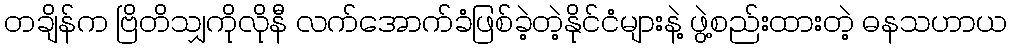
တချိန်က ဗြိတိသျှကိုလိုနီ လက်အောက်ခံဖြစ်ခဲ့တဲ့နိုင်ငံများနဲ့ ဖွဲ့စည်းထားတဲ့ ဓနသဟာယ